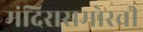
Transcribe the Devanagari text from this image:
मंदिरासमोरची